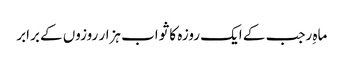
ماہِ رجب کے ایک روزہ کا ثواب ہزار روزوں کے برابر